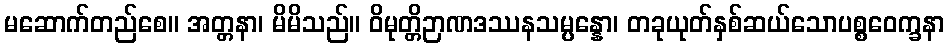
မဆောက်တည်စေ။ အတ္တနာ၊ မိမိသည်။ ဝိမုတ္တိဉာဏဒဿနသမ္ပန္နော၊ တခုယုတ်နှစ်ဆယ်သောပစ္စဝေက္ခနာ